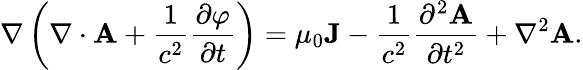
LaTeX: \nabla\left(\nabla\cdot\mathbf{A}+{\frac{1}{c^{2}}}{\frac{\partial\varphi}{\partial t}}\right)=\mu_{0}\mathbf{J}-{\frac{1}{c^{2}}}{\frac{\partial^{2}\mathbf{A}}{\partial t^{2}}}+\nabla^{2}\mathbf{A}.